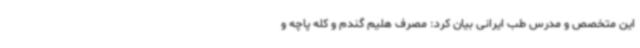
این متخصص و مدرس طب ایرانی بیان کرد: مصرف هلیم گندم و کله پاچه و